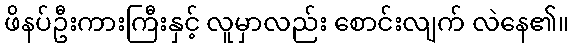
ဖိနပ်ဦးကားကြီးနှင့် လူမှာလည်း စောင်းလျက် လဲနေ၏။